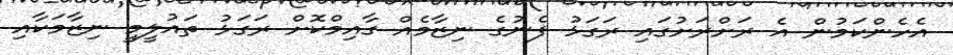
އެހެންކަމުން އެ ރަށްރަށުގައި ރަގަޅު ފެނުގެ ނިޒާމެއް ގާއިމްކޮށް ރަގަޅު ތައުލީމީ ނިޒާމަކާއި